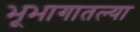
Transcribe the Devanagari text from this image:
भूभागातल्या